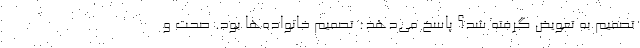
تصمیم به تعویض گرفته شد؟ پاسخ می‌‌دهد: تصمیم خانواده‌ها بود. صحت و